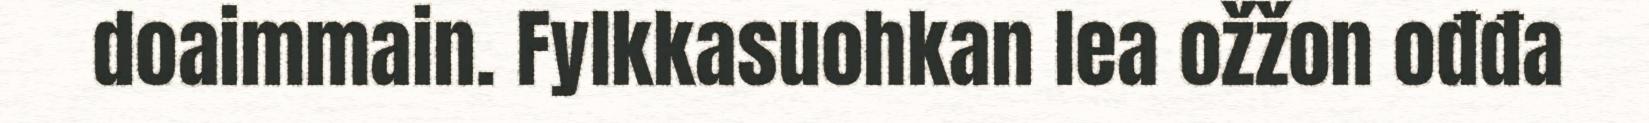
doaimmain. Fylkkasuohkan lea ožžon ođđa